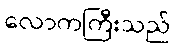
လောကကြီးသည်